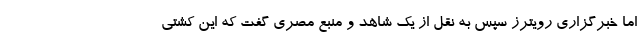
اما خبرگزاری رویترز سپس به نقل از یک شاهد و منبع مصری گفت که این کشتی